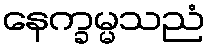
နေက္ခမ္မသညံ